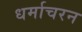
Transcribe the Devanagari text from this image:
धर्माचरन